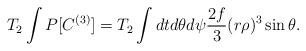
LaTeX: \begin{align*}T_2\int P[C^{(3)}] = T_2 \int dtd\theta d\psi \frac{2f}{3}(r\rho)^3\sin \theta.\end{align*}